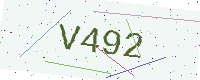
Text: V492